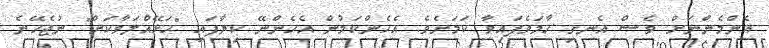
އެންމެންނަށް ވެސް އެނގި ހާމަވެފައިވާ ކަމަށެވެ. އެހެންކަމުން އެހެންނޭ ކިޔާފައި "ހަޅޭއްލަވާކަށް" ނުޖެހޭނެ